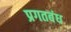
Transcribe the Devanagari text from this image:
प्रगतबंध